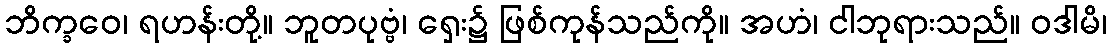
ဘိက္ခဝေ၊ ရဟန်းတို့။ ဘူတပုဗ္ဗံ၊ ရှေး၌ ဖြစ်ကုန်သည်ကို။ အဟံ၊ ငါဘုရားသည်။ ဝဒါမိ၊